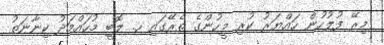
މިރޭ ފުލުހުން ހައްޔަރު ކުރި މީހުންގެ ތެރޭގައި ހ. ލޮބީ މުހައްމަދު ކިނާނަތު